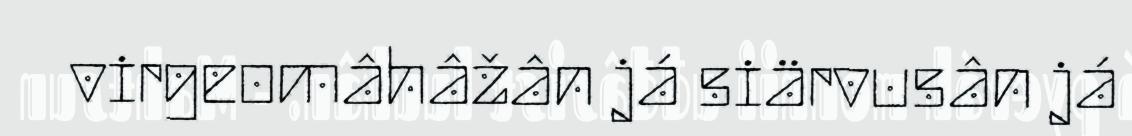
virgeomâhâžân já siärvusân já